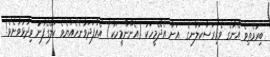
ބިރުވެތިވެ އޭނާގެ ވެރިރަސްކަލާނގެ  އަށް އެދޭމީހަކު (އެނޫންމީހަކާ) އެއްފަދަވާނެހެއްޔެވެ ކަލޭގެފާނު ވިދާޅުވާށެވެ!